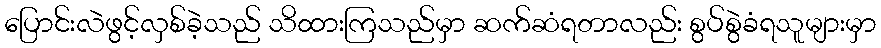
ပြောင်းလဲဖွင့်လှစ်ခဲ့သည် သိထားကြသည်မှာ ဆက်ဆံရတာလည်း စွပ်စွဲခံရသူများမှာ